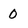
Character: 0